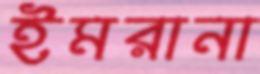
ইমরানা